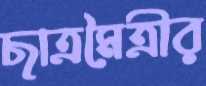
ছাত্রমৈত্রীর